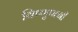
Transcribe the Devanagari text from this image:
विष्णुपत्नी